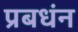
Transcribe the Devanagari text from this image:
प्रबधंन